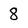
Character: 8